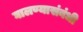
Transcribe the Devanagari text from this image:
घालण्यासंबंधी